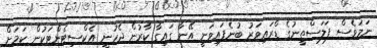
ނަމަވެސް ފަލަސްތީނުގެ ޑްރައިވަރު ބުނެފައިވަނީ އޭނާ ގައިގާ ކާރުން ޖެހުނީ އެކްސިޓެންޓަކުން ކަމަށް